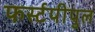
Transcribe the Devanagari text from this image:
फर्स्टपीपुल